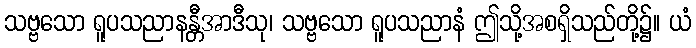
သဗ္ဗသော ရူပသညာနန္တီအာဒီသု၊ သဗ္ဗသော ရူပသညာနံ ဤသို့အစရှိသည်တို့၌။ ယံ